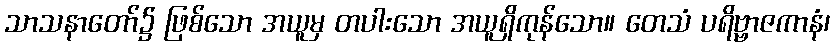
သာသနာတော်၌ ဖြစ်သော အယူမှ တပါးသော အယူရှိကုန်သော။ တေသံ ပရိဗ္ဗာဇကာနံ၊